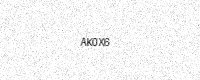
Text: AK0X6